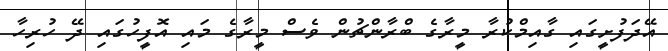
އޭދަފުށީގައި ގާއިމްކުރާ މީރާގެ ބްރާންޗުން ވެސް މީރާގެ މައި އޮފީހުގައި ދޭ ހުރިހާ